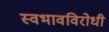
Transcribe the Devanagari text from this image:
स्वभावविरोधी